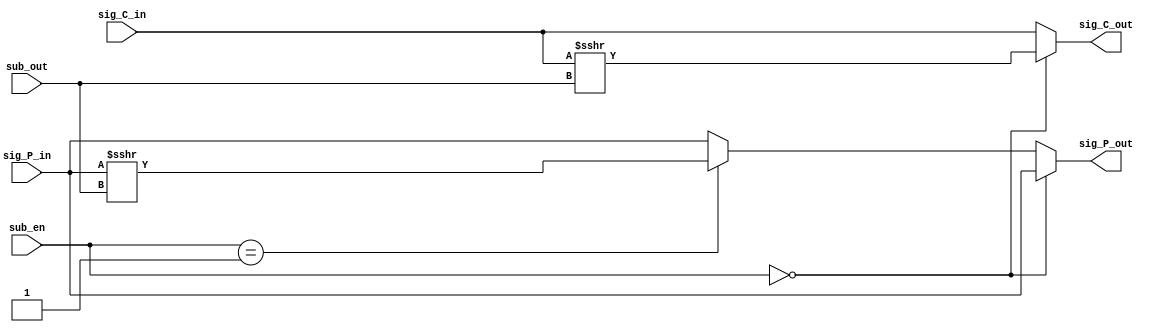
module alignment (sig_P_in, sig_C_in, sig_P_out, sig_C_out, sub_out, sub_en);

    input signed [49:0] sig_P_in, sig_C_in;
    input [7:0] sub_out;
    input [1:0] sub_en; 
    output [49:0] sig_P_out, sig_C_out;



    assign sig_P_out = (sub_en == 2'b00)? sig_P_in : (sub_en == 2'b01)? sig_P_in >>> sub_out : sig_P_in;
    assign sig_C_out = (sub_en == 2'b00)? sig_C_in >>> sub_out : (sub_en == 2'b01)? sig_C_in : sig_C_in;





endmodule